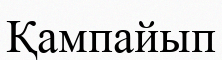
Қампайып